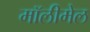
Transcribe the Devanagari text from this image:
मॉलीमेल